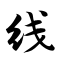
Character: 线